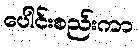
ပေါင်းစည်းကာ